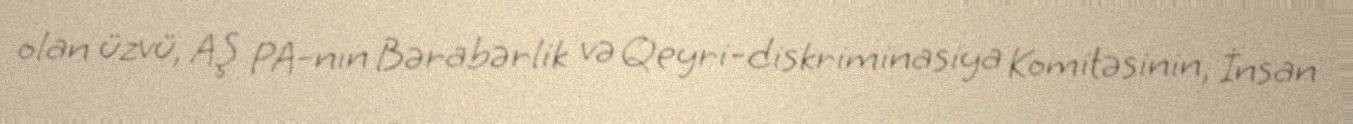
olan üzvü, AŞ PA-nın Bərabərlik və Qeyri-diskriminasiya Komitəsinin, İnsan